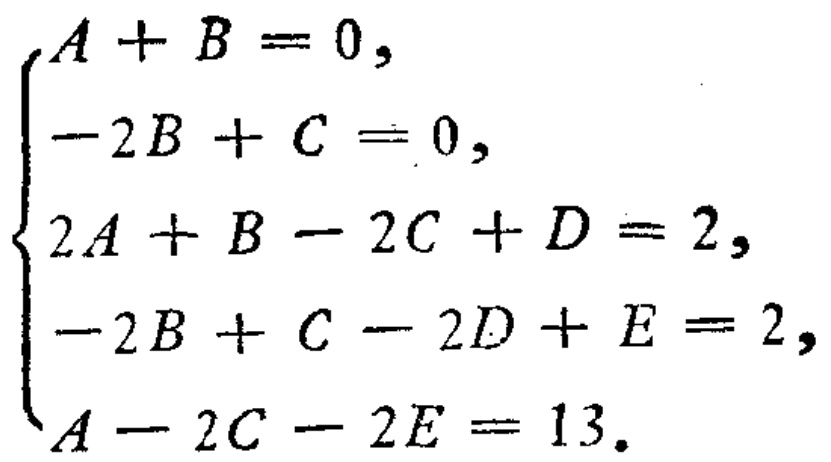
\[\begin{cases}
A + B = 0,\\
-2B + C = 0,\\
2A + B - 2C + D = 2,\\
-2B + C - 2D + E = 2,\\
A - 2C - 2E = 13.
\end{cases}\]